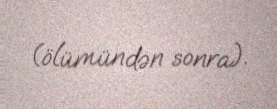
(ölümündən sonra).